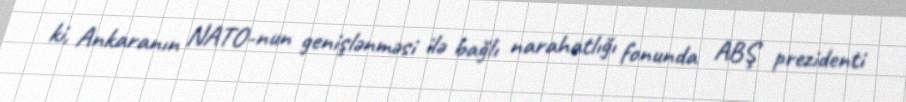
ki, Ankaranın NATO-nun genişlənməsi ilə bağlı narahatlığı fonunda ABŞ prezidenti